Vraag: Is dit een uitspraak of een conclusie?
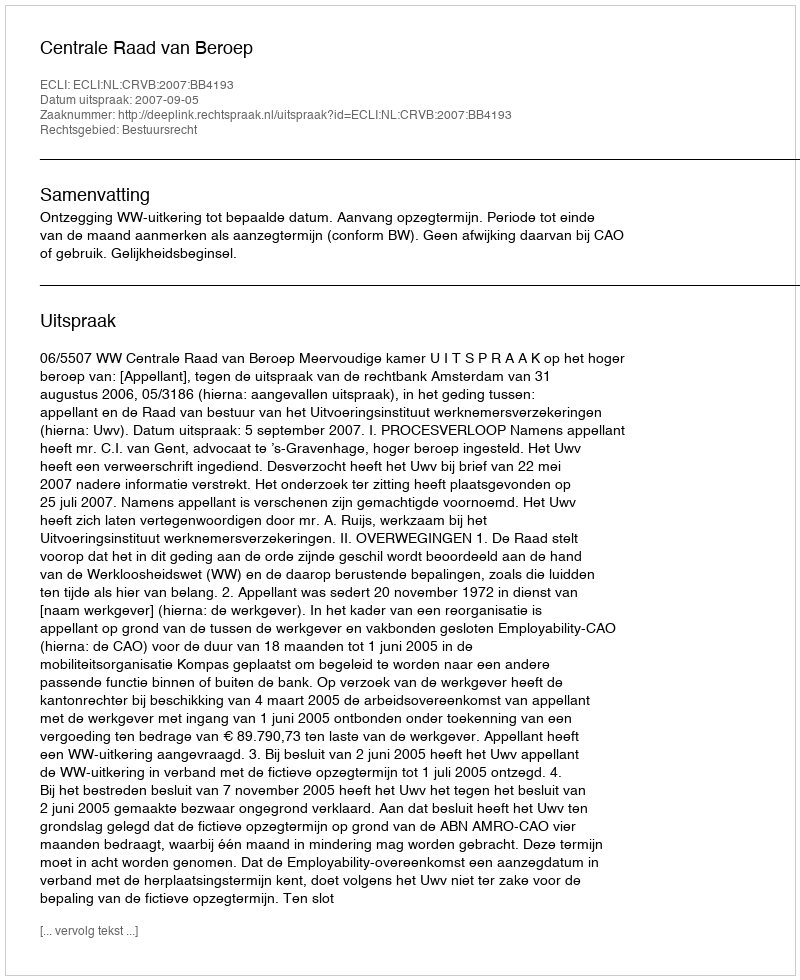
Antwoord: Uitspraak